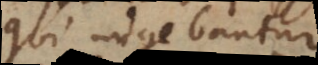
qui ungebantur